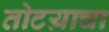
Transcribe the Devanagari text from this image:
तोटय़ाचा